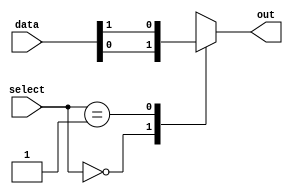
module mux_64to1 (
    input [63:0] data,
    input [5:0] select,
    output reg out
);

always @(*) begin
    case (select)
        6'b000000: out = data[0];
        6'b000001: out = data[1];
        // Add more cases for remaining inputs
        // Ex: 6'b111111: out = data[63];
        default: out = 1'bx; // Output undefined if select signal is out of range
    endcase
end

endmodule